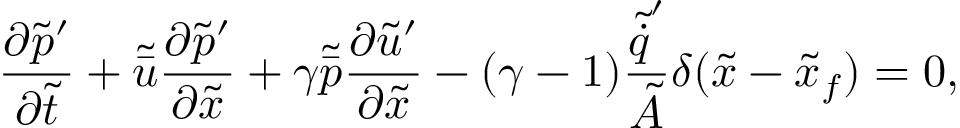
\ensuremath { \frac { \partial \tilde { p } ^ { \prime } } { \partial \tilde { t } } } + \tilde { \bar { u } } \ensuremath { \frac { \partial \tilde { p } ^ { \prime } } { \partial \tilde { x } } } + \gamma \tilde { \bar { p } } \ensuremath { \frac { \partial \tilde { u } ^ { \prime } } { \partial \tilde { x } } } - ( \gamma - 1 ) \frac { \tilde { \dot { q } } ^ { \prime } } { \tilde { A } } \delta ( \tilde { x } - \tilde { x } _ { f } ) = 0 ,